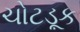
ચોટડૂક